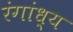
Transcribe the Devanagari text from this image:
रंगांध्य